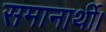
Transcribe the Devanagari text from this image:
समानार्थी।